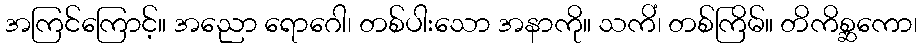
အကြင်ကြောင့်။ အညော ရောဂေါ၊ တစ်ပါးသော အနာကို။ သကိံ၊ တစ်ကြိမ်။ တိကိစ္ဆကော၊